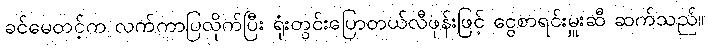
ခင်မေတင့်က လက်ကာပြလိုက်ပြီး ရုံးတွင်းပြောတယ်လီဖုန်းဖြင့် ငွေစာရင်းမှူးဆီ ဆက်သည်။